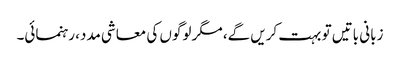
زبانی باتیں تو بہت کریں گے، مگر لوگوں کی معاشی مدد، رہنمائی۔